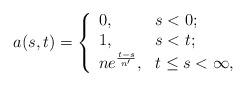
LaTeX: \begin{align*}a(s,t)=\left\{ \begin{array}{ll} 0, & \hbox{$s<0$;} \\ 1, & \hbox{$s<t$;} \\ ne^{\frac{t-s}{n'}}, & \hbox{$t\leq s<\infty$,} \end{array} \right.\end{align*}